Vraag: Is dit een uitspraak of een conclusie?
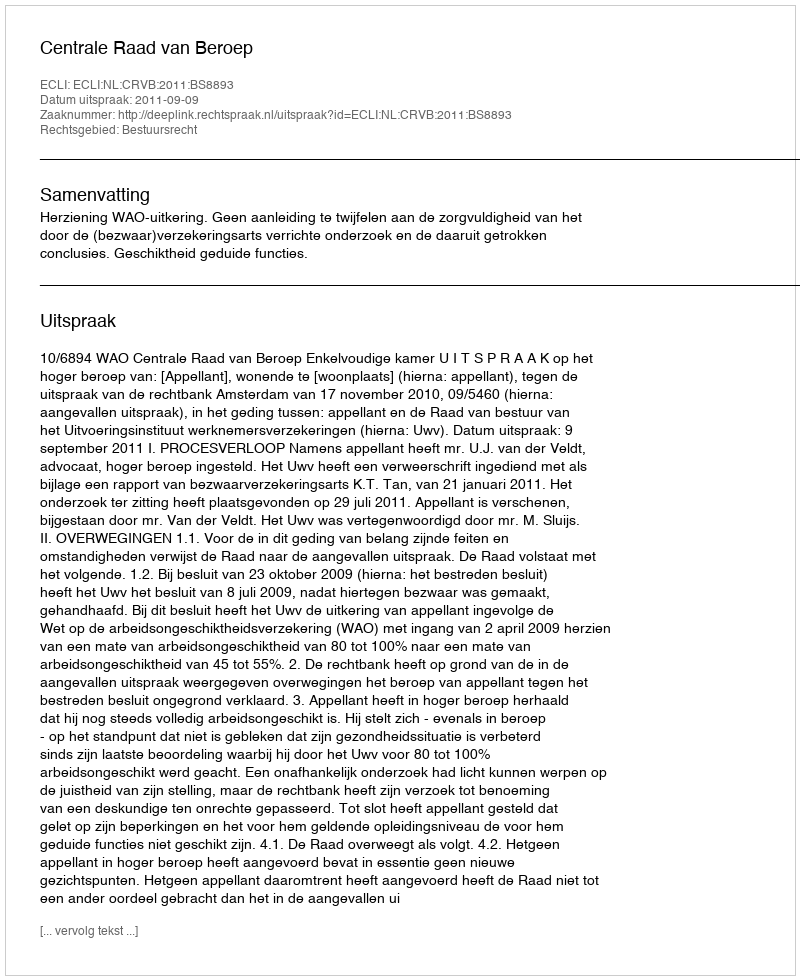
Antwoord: Uitspraak